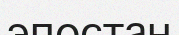
эпостан